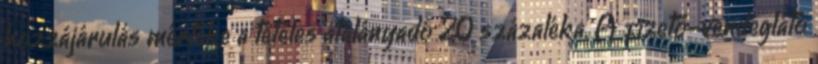
hozzájárulás mértéke a tételes átalányadó 20 százaléka. A fizető-vendéglátó